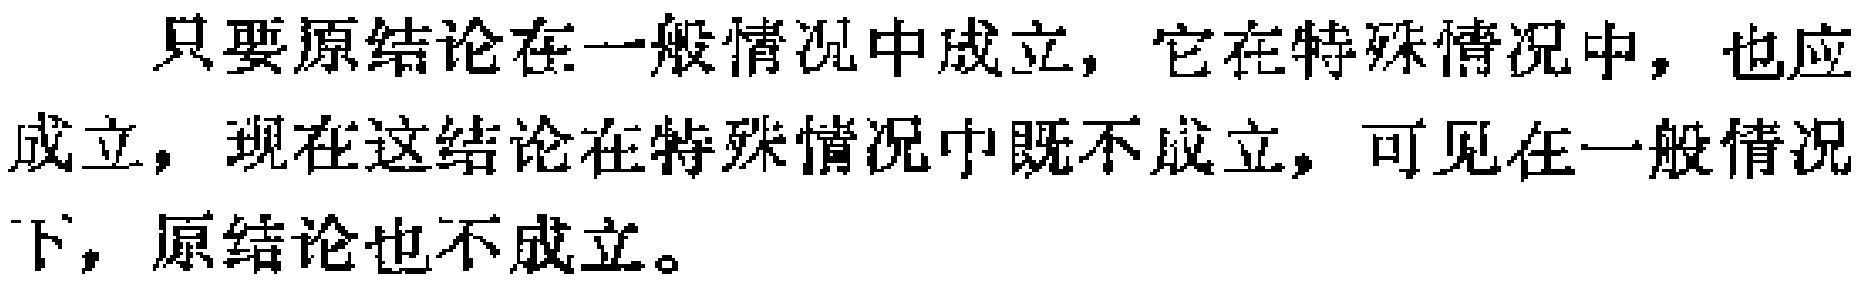
只要原结论在一般情况中成立，它在特殊情况中，也应成立，现在这结论在特殊情况中既不成立，可见在一般情况下，原结论也不成立。